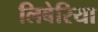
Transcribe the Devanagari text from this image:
लिबेरिया